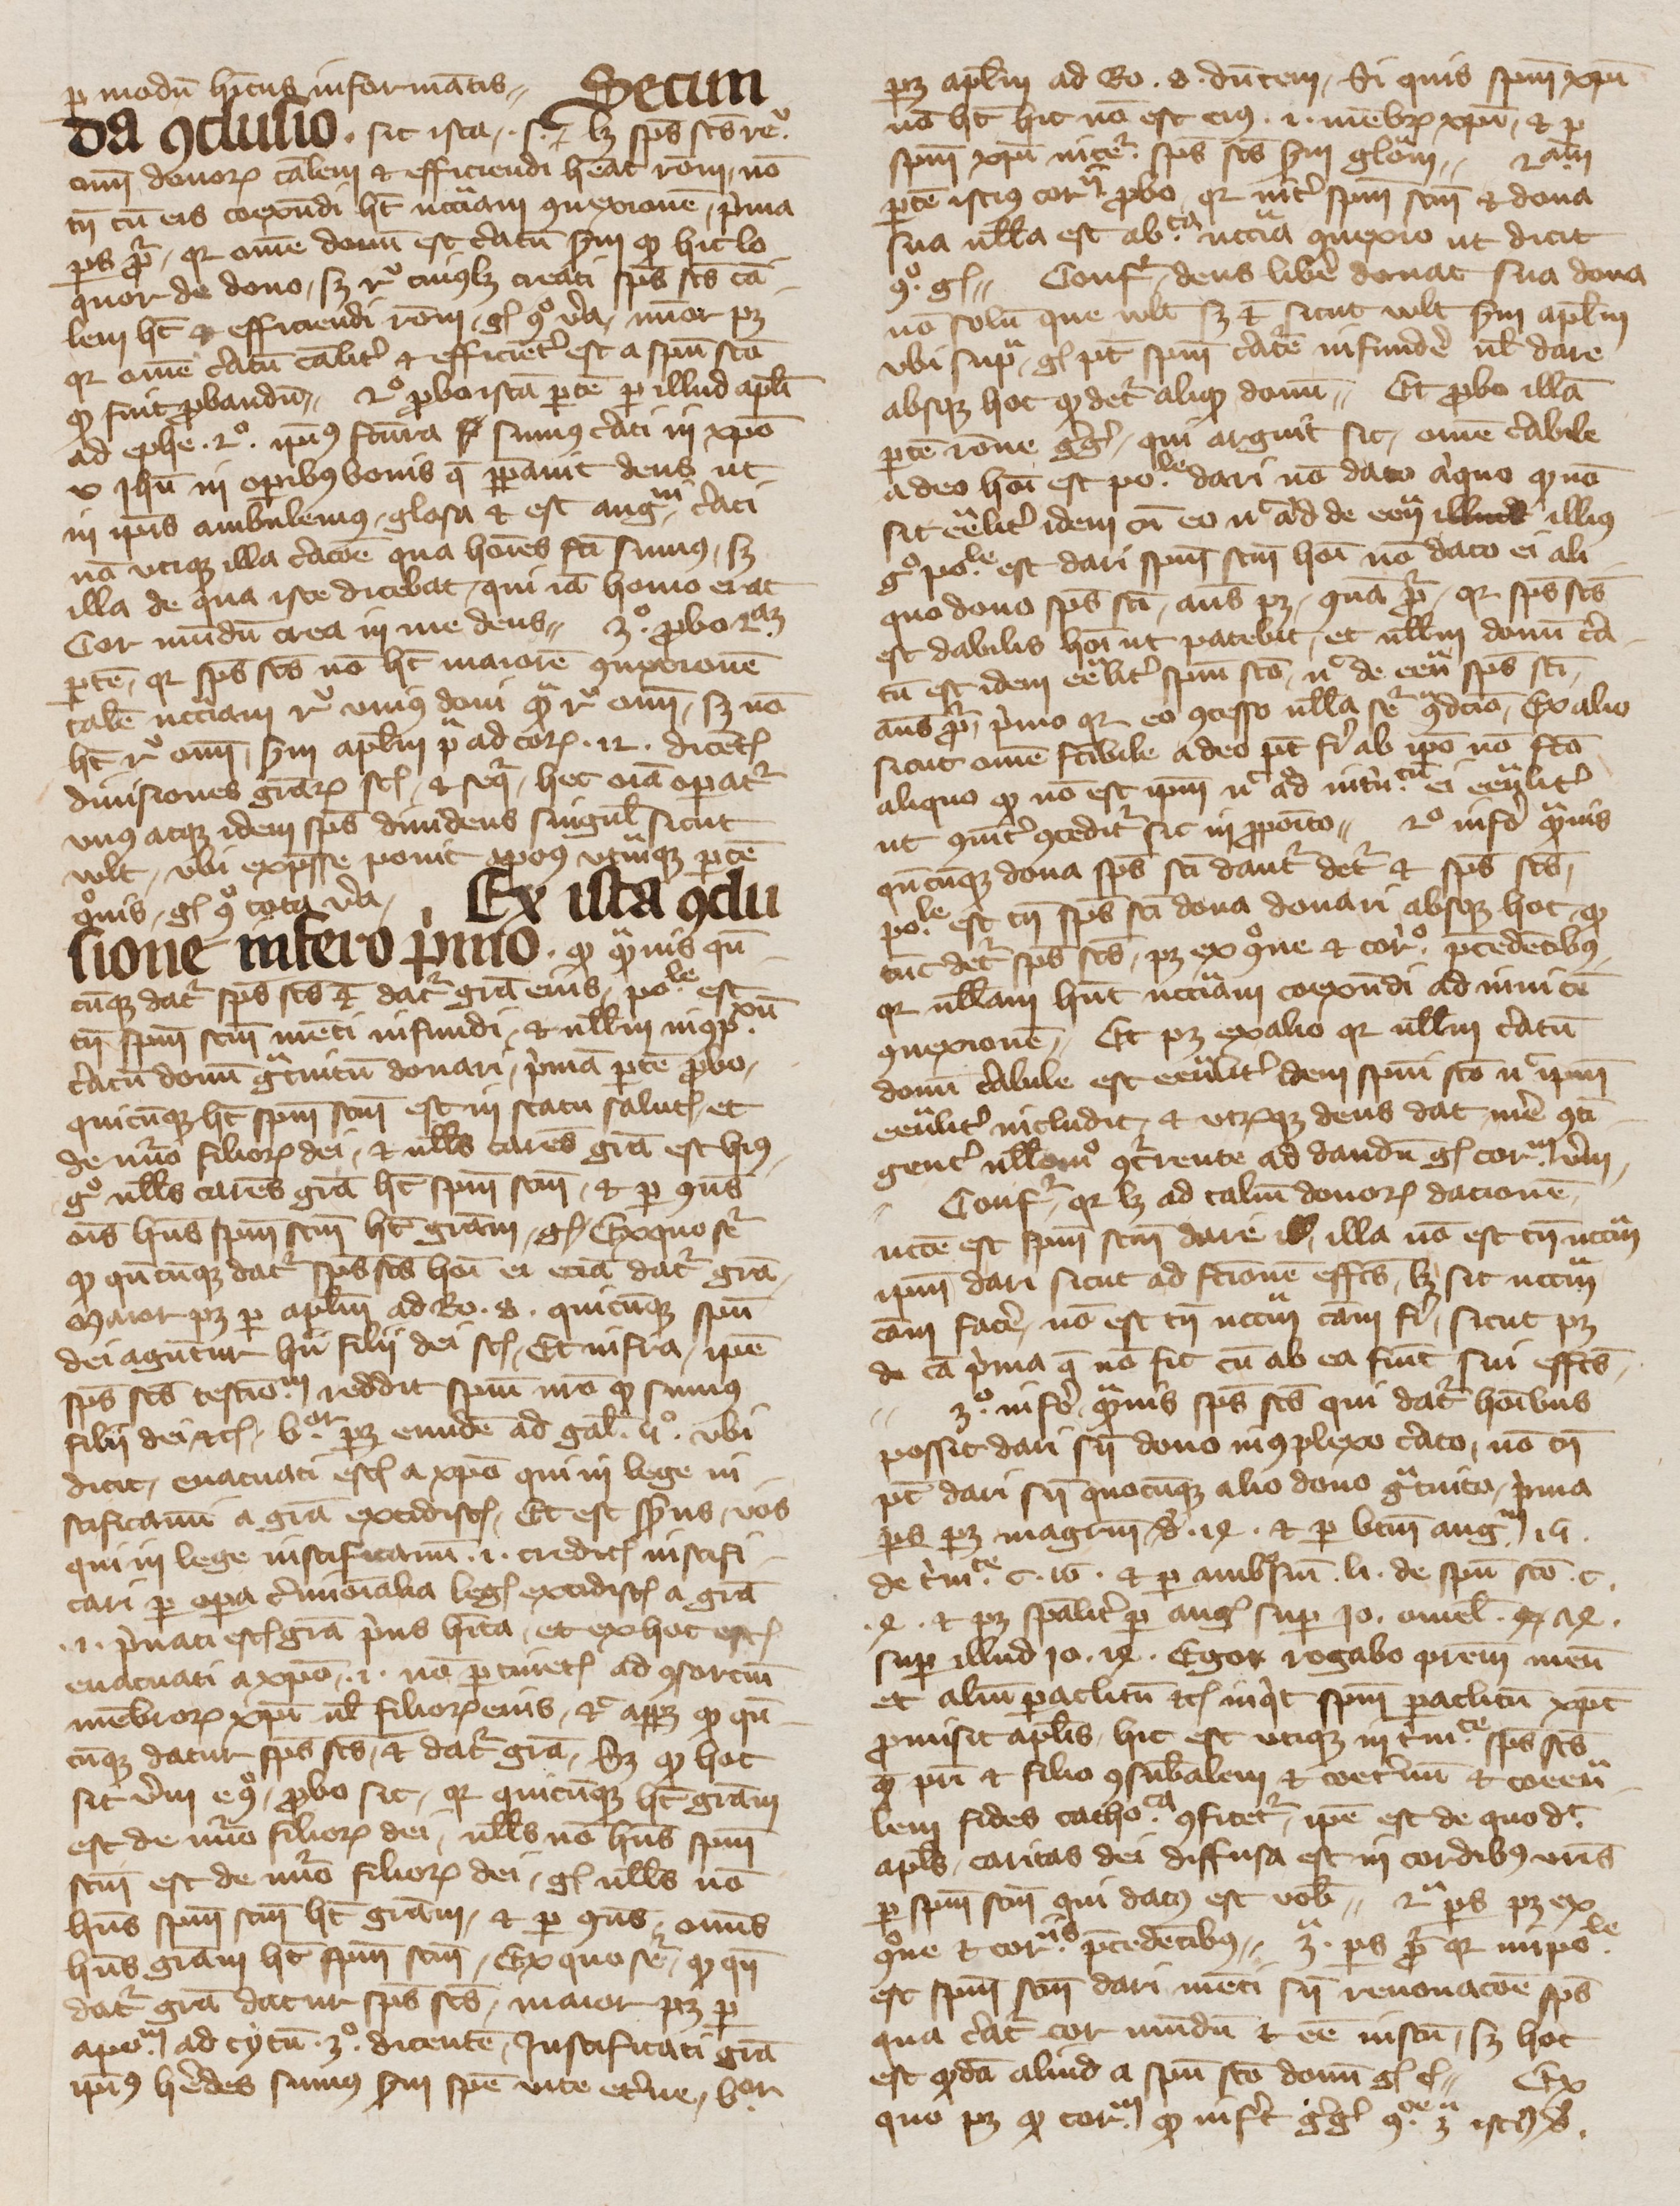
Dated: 1350–1399